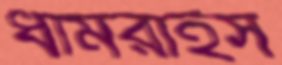
ধামরাইস